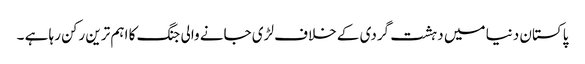
پاکستان دنیا میں دہشت گردی کے خلاف لڑی جانے والی جنگ کا اہم ترین رکن رہا ہے ۔